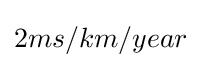
2ms/km/year